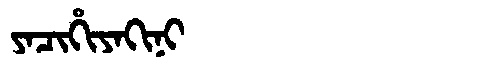
Manchu: ᠶᠠᠴᡳᡥᡳᠶᠠᡴᡳᠨᡳ
Romanization: YACIHIYAKINI